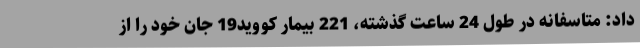
داد: متاسفانه در طول 24 ساعت گذشته، 221 بیمار کووید19 جان خود را از